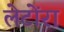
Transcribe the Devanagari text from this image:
लेटोंरा